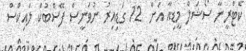
ކެޓްރީނާ ސޯޝަލް މީޑިއާ އަށް  12 ގަޑިއިރު ނުވަނީސް ފޭސްބުކް ލައިކްސް